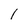
Character: 1